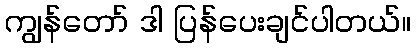
ကျွန်တော် ဒါ ပြန်ပေးချင်ပါတယ်။